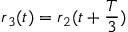
\boldsymbol { r } _ { 3 } ( t ) = \boldsymbol { r } _ { 2 } ( t + \frac { T } { 3 } )